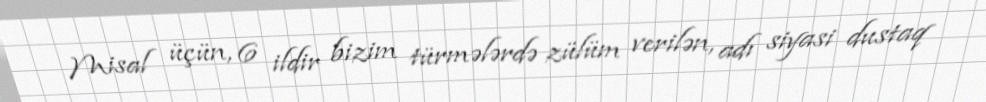
Misal üçün, 6 ildir bizim türmələrdə zülüm verilən, adı siyasi dustaq